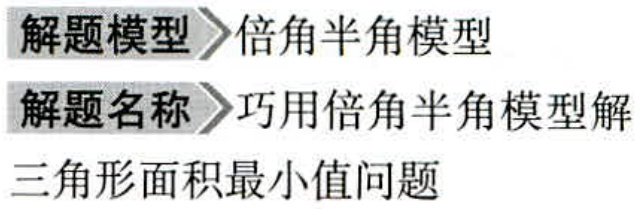
解题模型 倍角半角模型
解题名称 巧用倍角半角模型解
三角形面积最小值问题